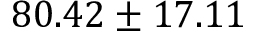
8 0 . 4 2 \pm 1 7 . 1 1